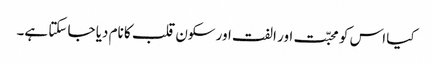
کیا اس کو محبّت اور الفت اور سکون قلب کا نام دیا جا سکتا ہے۔